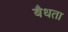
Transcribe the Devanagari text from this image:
बैधता